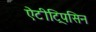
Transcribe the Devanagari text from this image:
ऐंटीट्रिपसिन